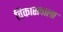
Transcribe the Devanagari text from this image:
विकासवाला